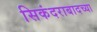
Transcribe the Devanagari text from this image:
सिकंदराबादच्या